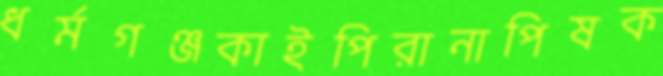
ধর্মগঞ্জকাইপিরানাপিষক